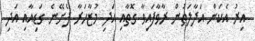
އިރު އެކަން އަދާލަތުން ރާވާފައިވާ ގޮތާއި އަދި މުޒާހަރާ ފެށޭނެ ގަޑިއާއި އަދި